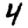
Digit: 4